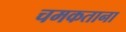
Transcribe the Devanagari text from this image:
चमकताना